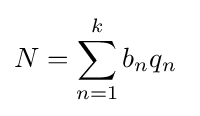
N=\sum _{n=1}^{k}b_{n}q_{n}\